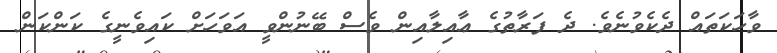
ވާހަކަތައް ދެކެވުނެވެ. ދެ ފަރާތުގެ ޢާއިލާއިން ވެސް ބޭނުންވީ އަވަހަށް ކައިވެނީގެ ކަންކަން